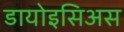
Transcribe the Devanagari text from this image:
डायोइसिअस